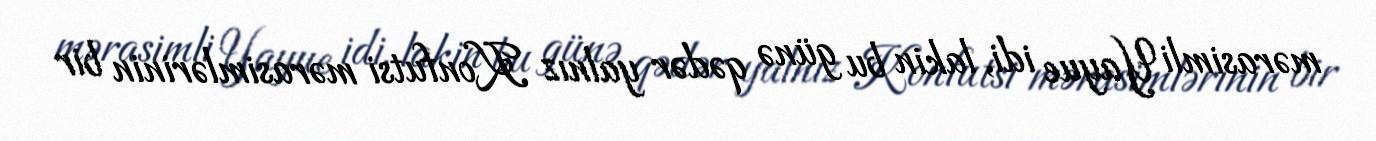
mərasimli Yayue idi, lakin bu günə qədər yalnız Konfutsi mərasimlərinin bir